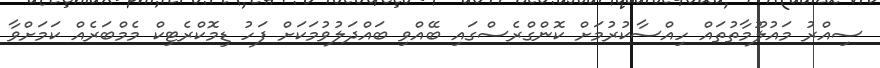
ސިއްރު މައުލޫމާތުތައް ހިއްސާކުރުމަށް ކޮންގްރެސްގައި ބޭއްވި ބައްދަލުވުމަކަށް ފަހު ޑިމޮކްރެޓިކް މެމްބަރެއް ކަމަށްވާ